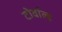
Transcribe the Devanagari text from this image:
टोर्वाल्ड